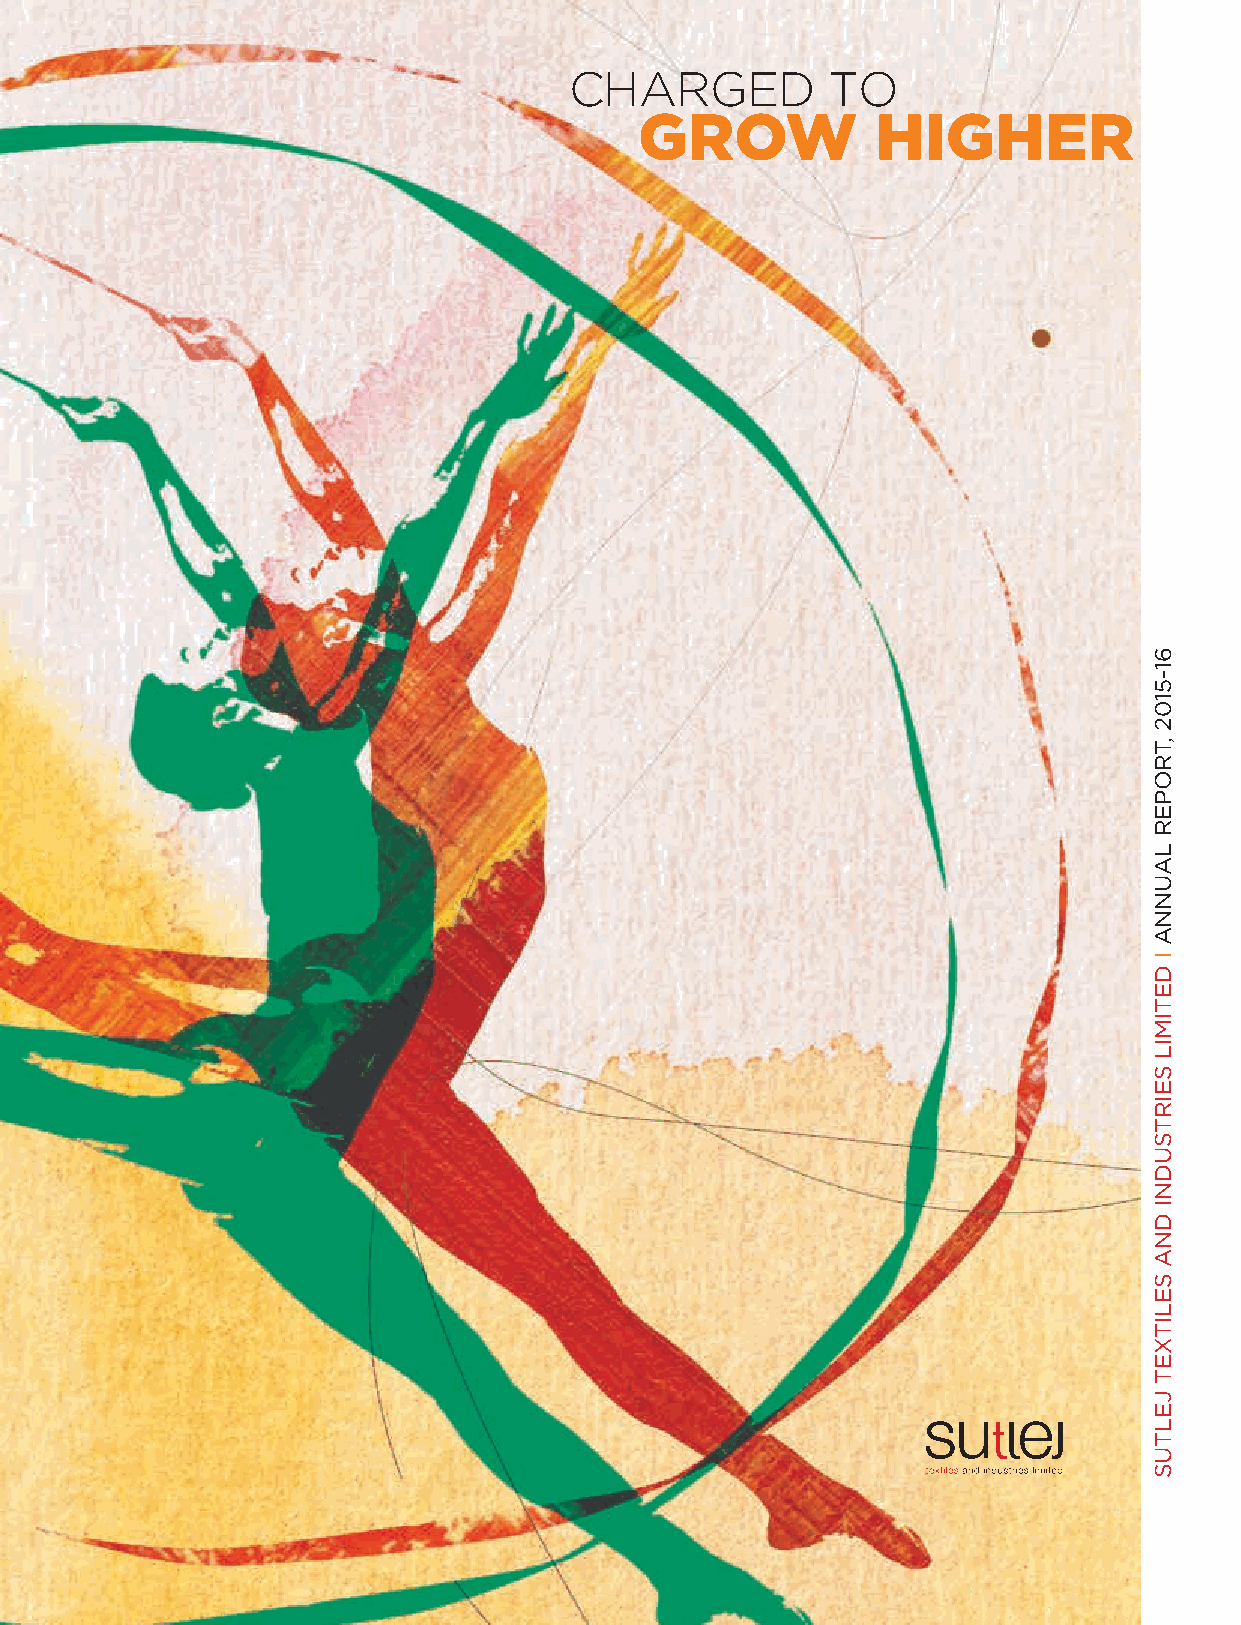
CHARGED          TO
 GROW            HIGHER
 61-5102
 ,TROPER
 LAUNNA
 I
 DETIMIL
 SEIRTSUDNI
 DNA
 SELITXET
 JELTUS